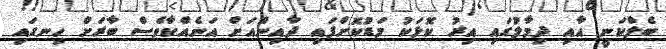
ބެލްކަނީ އާއި ދިމާލުގައި އިރު ކޮޅަކު މަޑުކޮށްފައި ދާއިންއަށް އަނެއްކާވެސް ބާރަށް ހިނގައި